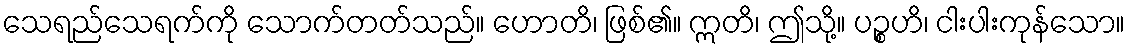
သေရည်သေရက်ကို သောက်တတ်သည်။ ဟောတိ၊ ဖြစ်၏။ ဣတိ၊ ဤသို့။ ပဉ္စဟိ၊ ငါးပါးကုန်သော။